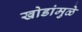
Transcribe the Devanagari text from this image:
खोडांमुळे